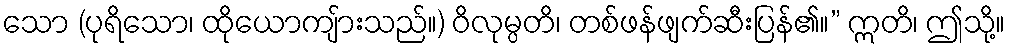
သော (ပုရိသော၊ ထိုယောကျ်ားသည်။) ဝိလုမ္ပတိ၊ တစ်ဖန်ဖျက်ဆီးပြန်၏။” ဣတိ၊ ဤသို့။